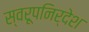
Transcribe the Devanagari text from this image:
स्वरूपनिर्देश